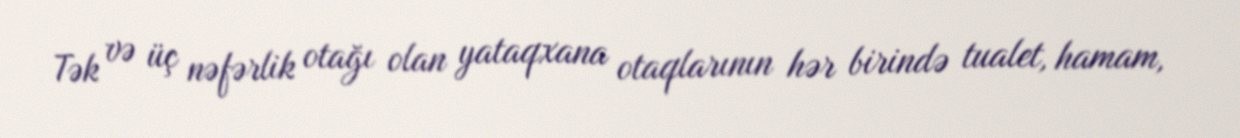
Tək və üç nəfərlik otağı olan yataqxana otaqlarının hər birində tualet, hamam,